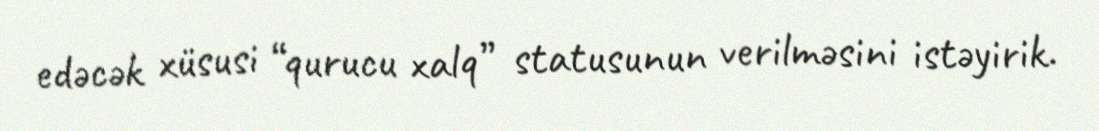
edəcək xüsusi “qurucu xalq” statusunun verilməsini istəyirik.